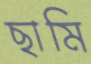
ছামি